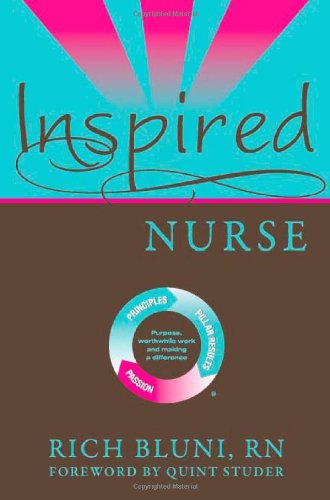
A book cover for Inspired Nurse; Rich Bluni; Medical Books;